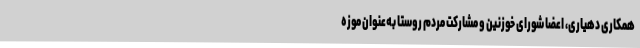
همکاری دهیاری، اعضا شورای خوزنین و مشارکت مردم روستا به‌عنوان موزه